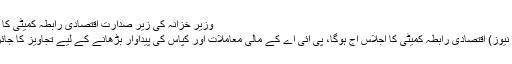
وزیر خزانہ کی زیر صدارت اقتصادی رابطہ کمیٹی کا اجلاس آج ہوگا
اسلام آباد: (دنیا نیوز) اقتصادی رابطہ کمیٹی کا اجلاس آج ہوگا، پی آئی اے کے مالی معاملات اور کپاس کی پیداوار بڑھانے کے لیے تجاویز کا جائزہ لیا جائے گا۔